Lunatic asylums in Bengal annual reports 1899-1911 - 1899-1911
Year: 1899
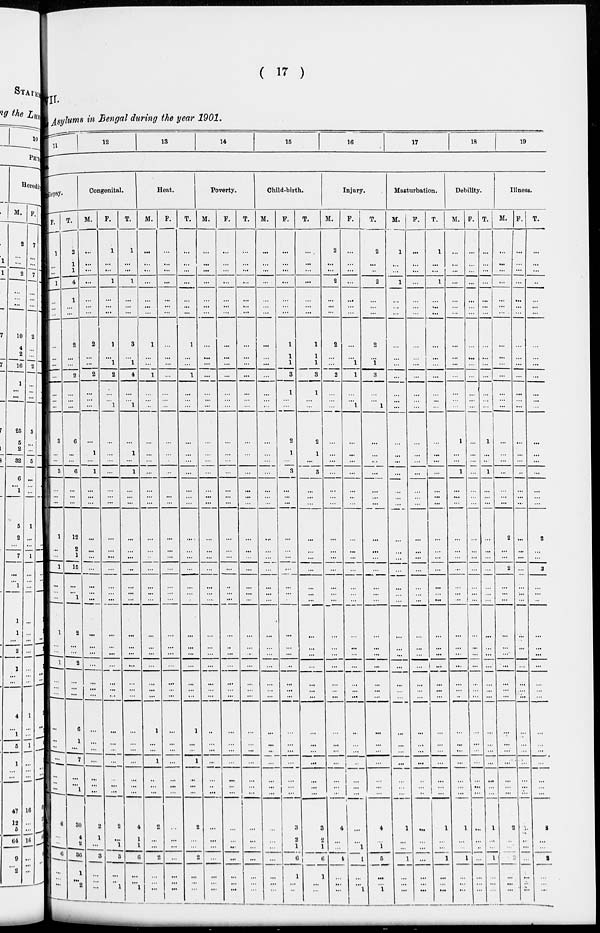
( 17 )
VII.
Asylums in Bengal during the year 1901.
11
12
13
14
15
16
17
18
19
8.
pilepsy.
F.
1
...
...
1
...
...
...
...
...
...
...
...
...
...
3
...
...
3
...
...
...
1
...
...
1
...
...
...
1
...
...
1
...
...
...
...
...
...
...
...
...
...
6
...
...
6
...
...
...
T.
2
1
1
4
1
...
...
2
...
...
2
...
...
...
6
...
...
6
...
...
...
12
2
1
15
...
1
...
2
...
...
2
...
...
...
6
1
...
7
...
...
30
4
2
36
1
...
2
Congenital.
M.
...
...
...
...
...
...
...
2
...
...
2
...
...
...
...
1
...
1
...
...
...
...
...
...
...
...
...
...
...
...
...
...
...
...
...
...
...
...
...
...
...
...
2
1
...
3
...
...
...
F.
1
...
...
1
...
...
...
1
...
1
2
...
...
1
...
...
...
...
...
...
...
...
...
...
...
...
...
...
...
...
...
...
...
...
...
...
...
...
...
...
...
...
2
...
1
3
...
...
1
T.
1
...
...
1
...
...
...
3
...
1
4
...
...
1
...
1
...
1
...
...
...
...
...
...
...
...
...
...
...
...
...
...
...
...
...
...
...
...
...
...
...
4
1
1
6
...
...
1
Heat.
M.
...
...
...
...
...
...
...
1
...
...
1
...
...
...
...
...
...
...
...
...
...
...
...
...
...
...
...
...
...
...
...
...
...
...
...
1
...
...
1
...
...
...
2
...
...
2
...
...
...
F.
...
...
...
...
...
...
...
...
...
...
...
...
...
...
...
...
...
...
...
...
...
...
...
...
...
...
...
...
...
...
...
...
...
...
...
...
...
...
...
...
...
...
...
...
...
...
...
...
T.
...
...
...
...
...
...
...
1
...
...
1
...
...
...
...
...
...
...
...
...
...
...
...
...
...
...
...
...
...
...
...
...
...
...
...
1
...
...
1
...
...
...
2
...
...
2
...
...
...
Poverty.
M.
...
...
...
...
...
...
...
...
...
...
...
...
...
...
...
...
...
...
...
...
...
...
...
...
...
...
...
...
...
...
...
...
...
...
...
...
...
...
...
...
...
...
...
...
...
...
...
...
...
F.
...
...
...
...
...
...
...
...
...
...
...
...
...
...
...
...
...
...
...
...
...
...
...
...
...
...
...
...
...
...
...
...
...
...
...
...
...
...
...
...
...
...
...
...
...
...
...
...
...
T.
...
...
...
...
...
...
...
...
...
...
...
...
...
...
...
...
...
...
...
...
...
...
...
...
...
...
...
...
...
...
...
...
...
...
...
...
...
...
...
...
...
...
...
...
...
...
...
...
...
Child-birth.
M.
...
...
...
...
...
...
...
...
...
...
...
...
...
...
...
...
...
...
...
...
...
...
...
...
...
...
...
...
...
...
...
...
...
...
...
...
...
...
...
...
...
...
...
...
...
...
...
...
...
F.
...
...
...
...
...
...
...
1
1
1
3
1
...
...
2
1
...
3
...
...
...
...
...
...
...
...
...
...
...
...
...
...
...
...
...
...
...
...
...
...
...
...
3
2
1
6
1
...
...
T.
...
...
...
...
...
...
...
1
1
1
3
1
...
...
2
1
...
3
...
...
...
...
...
...
...
...
...
...
...
...
...
...
...
...
...
...
...
...
...
...
...
...
3
2
1
6
1
...
...
Injury.
M.
2
...
...
2
...
...
...
2
...
...
2
...
...
...
...
...
...
...
...
...
...
...
...
...
...
...
...
...
...
...
...
...
...
...
...
...
...
...
...
...
...
...
4
...
...
1
...
...
...
F.
...
...
...
...
...
...
...
...
...
1
1
...
...
1
...
...
...
...
...
...
...
...
...
...
...
...
...
...
...
...
...
...
...
...
...
...
...
...
...
...
...
...
...
1
4
...
...
1
T.
2
...
...
2
...
...
...
2
...
1
3
...
...
1
...
...
...
...
...
...
...
...
...
...
...
...
...
...
...
...
...
...
...
...
...
...
...
...
...
...
...
...
4
...
1
5
...
...
1
Masturbation.
M.
1
...
...
1
...
...
...
...
...
...
...
...
...
...
...
...
...
...
...
...
...
...
...
...
...
...
...
...
...
...
...
...
...
...
...
...
...
...
...
...
...
...
1
...
...
1
...
...
...
F.
...
...
...
...
...
...
...
...
...
...
...
...
...
...
...
...
...
...
...
...
...
...
...
...
...
...
...
...
...
...
...
...
...
...
...
...
...
...
...
...
...
...
...
...
...
...
...
...
...
T.
1
...
...
1
...
...
...
...
...
...
...
...
...
...
...
...
...
...
...
...
...
...
...
...
...
...
...
...
...
...
...
...
...
...
...
...
...
...
...
...
...
...
1
...
...
1
...
...
...
Debility.
M.
...
...
...
...
...
...
...
...
...
...
...
...
...
...
1
...
...
1
...
...
...
...
...
...
...
...
...
...
...
...
...
...
...
...
...
...
...
...
...
...
...
1
...
...
1
...
...
...
F.
...
...
...
...
...
...
...
...
...
...
...
...
...
...
...
...
...
...
...
...
...
...
...
...
...
...
...
...
...
...
...
...
...
...
...
...
...
...
...
...
...
...
...
...
...
...
...
...
T.
...
...
...
...
...
...
...
...
...
...
...
...
...
...
1
...
...
1
...
...
...
...
...
...
...
...
...
...
...
...
...
...
...
...
...
...
...
...
...
...
...
...
1
...
...
1
...
...
...
Illness.
M.
...
...
...
...
...
...
...
...
...
...
...
...
...
...
...
...
...
...
...
...
...
2
...
...
2
...
...
...
...
...
...
...
...
...
...
...
...
...
...
...
...
...
2
...
...
...
...
...
...
F.
...
...
...
...
...
...
...
...
...
...
...
...
...
...
...
...
...
...
...
...
...
...
...
...
...
...
...
...
...
...
...
...
...
...
...
...
...
...
...
...
...
...
...
...
...
...
...
...
T.
...
...
...
...
...
...
...
...
...
...
...
...
...
...
...
...
...
...
...
...
2
...
...
2
...
...
...
...
...
...
...
...
...
...
...
...
...
...
...
...
2
...
...
...
...
...
...